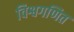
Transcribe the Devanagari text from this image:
विश्वगणित